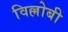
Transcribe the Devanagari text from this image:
विल्लोबी